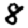
Digit: 8